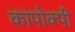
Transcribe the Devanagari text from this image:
कांपोक्पी